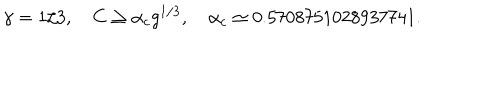
\gamma = 1 / 3 , \quad C \geq \alpha _ { c } g ^ { 1 / 3 } , \quad \alpha _ { c } \simeq 0 . 5 7 0 8 7 5 1 0 2 8 9 3 7 7 4 1 .